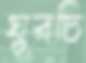
ঘুরচি